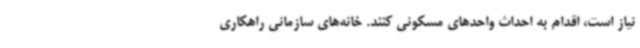
نیاز است، اقدام به احداث واحدهای مسکونی کنند. خانه‌های سازمانی راهکاری